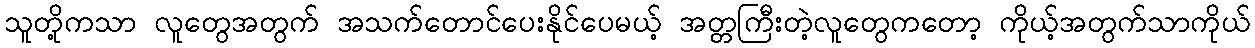
သူတို့ကသာ လူတွေအတွက် အသက်တောင်ပေးနိုင်ပေမယ့် အတ္တကြီးတဲ့လူတွေကတော့ ကိုယ့်အတွက်သာကိုယ်